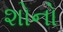
શોનો